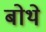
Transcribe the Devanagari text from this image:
बोथे